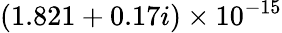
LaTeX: (1.821+0.17i)\times 10^{-15}